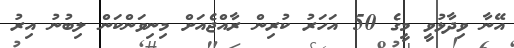
އޭނާ ވިދާޅުވީ މީގެ 50 އަހަރު ކުރިން ރާއްޖެއަށް މިނިވަންކަން ލިބުނު އިރު